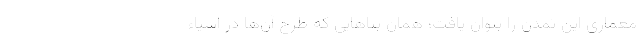
معماری این تمدن را بتوان یافت؛ همان بناهایی که طرح آن‌ها در اشیاء